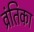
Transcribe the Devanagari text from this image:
व्रंतिका